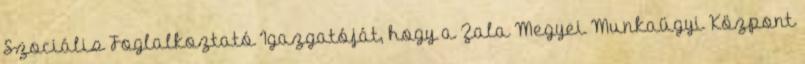
Szociális Foglalkoztató Igazgatóját, hogy a Zala Megyei Munkaügyi Központ